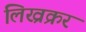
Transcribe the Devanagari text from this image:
लिख्रक्रर